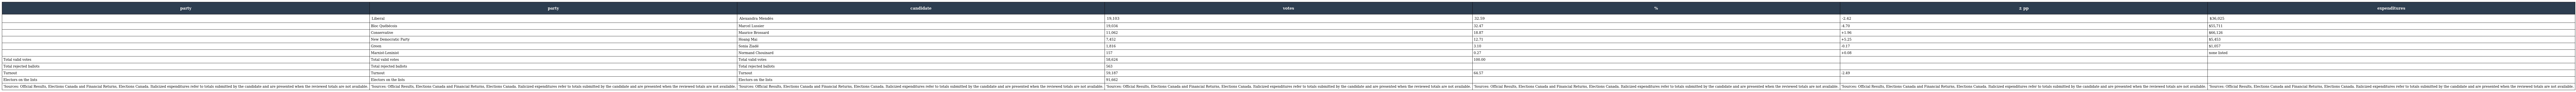
| party | party | candidate | votes | % | ± pp | expenditures |
 | --- | --- | --- | --- | --- | --- | --- |
 |  | Liberal | Alexandra Mendès | 19,103 | 32.59 | -2.42 | $36,025 |
 |  | Bloc Québécois | Marcel Lussier | 19,034 | 32.47 | -4.70 | $55,711 |
 |  | Conservative | Maurice Brossard | 11,062 | 18.87 | +1.96 | $66,126 |
 |  | New Democratic Party | Hoang Mai | 7,452 | 12.71 | +5.25 | $5,453 |
 |  | Green | Sonia Ziadé | 1,816 | 3.10 | -0.17 | $1,057 |
 |  | Marxist-Leninist | Normand Chouinard | 157 | 0.27 | +0.08 | none listed |
 | Total valid votes | Total valid votes | Total valid votes | 58,624 | 100.00 |  |  |
 | Total rejected ballots | Total rejected ballots | Total rejected ballots | 563 |  |  |  |
 | Turnout | Turnout | Turnout | 59,187 | 64.57 | -2.49 |  |
 | Electors on the lists | Electors on the lists | Electors on the lists | 91,662 |  |  |  |
 | 'Sources: Official Results, Elections Canada and Financial Returns, Elections Canada. Italicized expenditures refer to totals submitted by the candidate and are presented when the reviewed totals are not available. | 'Sources: Official Results, Elections Canada and Financial Returns, Elections Canada. Italicized expenditures refer to totals submitted by the candidate and are presented when the reviewed totals are not available. | 'Sources: Official Results, Elections Canada and Financial Returns, Elections Canada. Italicized expenditures refer to totals submitted by the candidate and are presented when the reviewed totals are not available. | 'Sources: Official Results, Elections Canada and Financial Returns, Elections Canada. Italicized expenditures refer to totals submitted by the candidate and are presented when the reviewed totals are not available. | 'Sources: Official Results, Elections Canada and Financial Returns, Elections Canada. Italicized expenditures refer to totals submitted by the candidate and are presented when the reviewed totals are not available. | 'Sources: Official Results, Elections Canada and Financial Returns, Elections Canada. Italicized expenditures refer to totals submitted by the candidate and are presented when the reviewed totals are not available. | 'Sources: Official Results, Elections Canada and Financial Returns, Elections Canada. Italicized expenditures refer to totals submitted by the candidate and are presented when the reviewed totals are not available. |